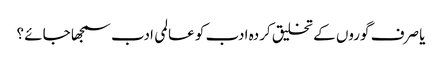
یا صرف گوروں کے تخلیق کردہ ادب کو عالمی ادب سمجھا جائے ؟